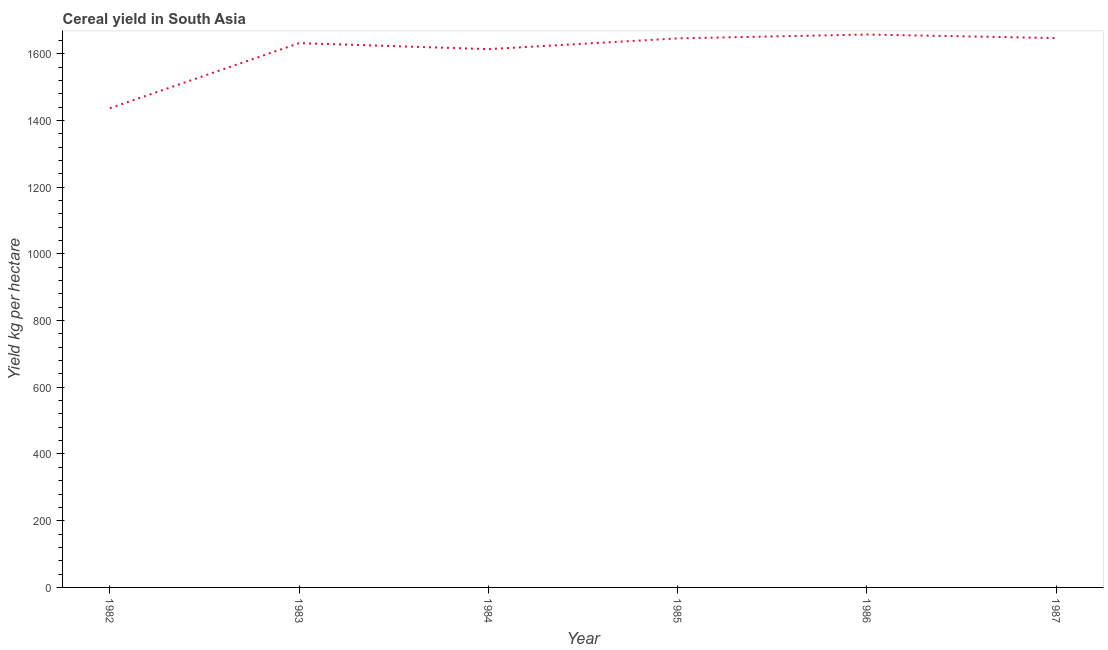
| Year | Cereal yield |
 | --- | --- |
 | 1982 | 1.44e+03 |
 | 1983 | 1.63e+03 |
 | 1984 | 1.61e+03 |
 | 1985 | 1.65e+03 |
 | 1986 | 1.66e+03 |
 | 1987 | 1.65e+03 |